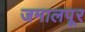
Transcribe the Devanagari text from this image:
जमालपूर